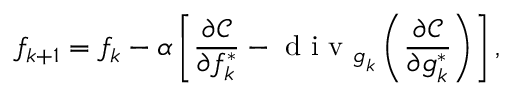
f _ { k + 1 } = f _ { k } - \alpha \left[ \frac { \partial \mathcal { C } } { \partial f _ { k } ^ { * } } - \textrm { d i v } _ { \boldsymbol { g } _ { k } } \left( \frac { \partial \mathcal { C } } { \partial \boldsymbol { g } _ { k } ^ { * } } \right) \right] ,